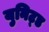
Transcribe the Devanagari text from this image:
युनिट्ड